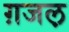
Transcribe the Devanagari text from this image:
ग़जल़